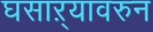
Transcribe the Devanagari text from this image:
घसाऱ्यावरुन